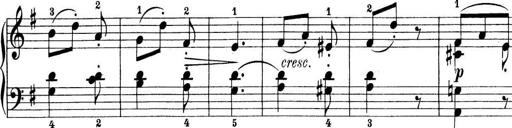
Title: Preis-Sonatine
Composer: Ernst James Bremner